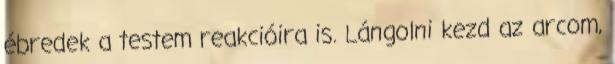
ébredek a testem reakcióira is. Lángolni kezd az arcom,